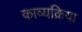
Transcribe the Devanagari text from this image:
काव्यक्रिया